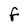
Character: F